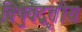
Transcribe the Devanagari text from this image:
विषुवद्वृत्तीय